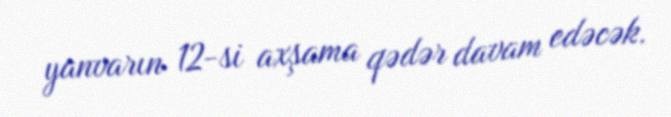
yanvarın 12-si axşama qədər davam edəcək.